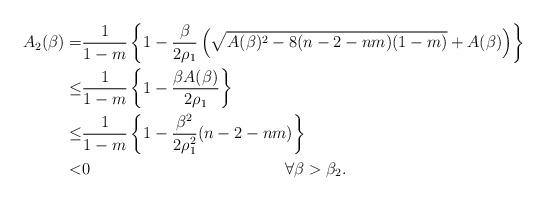
LaTeX: \begin{align*}A_2(\beta)=&\frac{1}{1-m}\left\{1-\frac{\beta}{2\rho_1}\left(\sqrt{A(\beta)^2-8(n-2-nm)(1-m)}+A(\beta)\right)\right\}\\\le&\frac{1}{1-m}\left\{1-\frac{\beta A(\beta)}{2\rho_1}\right\}\\\le&\frac{1}{1-m}\left\{1-\frac{\beta^2}{2\rho_1^2}(n-2-nm)\right\}\\<&0\qquad\qquad\qquad\qquad\qquad\qquad\forall \beta>\beta_2.\end{align*}